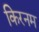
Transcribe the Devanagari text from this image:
किरनम